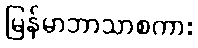
မြန်မာဘာသာစကား